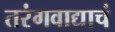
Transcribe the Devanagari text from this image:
तरंगवाद्याचं